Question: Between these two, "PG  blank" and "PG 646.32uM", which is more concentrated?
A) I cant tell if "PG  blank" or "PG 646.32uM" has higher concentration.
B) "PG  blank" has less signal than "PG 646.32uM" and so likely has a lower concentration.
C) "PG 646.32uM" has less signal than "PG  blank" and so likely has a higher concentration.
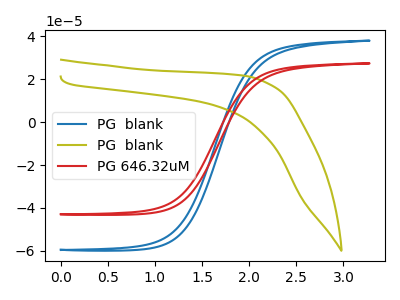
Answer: <think>The blue curve "PG  blank" has no peaks. The olive curve "PG  blank" has no peaks. The red curve "PG 646.32uM" has no peaks.
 Neither "PG  blank" or "PG 646.32uM" have any peaks.</think>
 <answer>A) I cant tell if "PG  blank" or "PG 646.32uM" has higher concentration.</answer>
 <eval>A</eval>